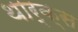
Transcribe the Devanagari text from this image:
थार्क्स